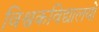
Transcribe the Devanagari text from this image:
विश्वकविद्यालयों